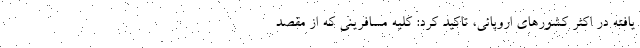
یافته در اکثر کشورهای اروپائی، تاکید کرد: کلیه مسافرینی که از مقصد